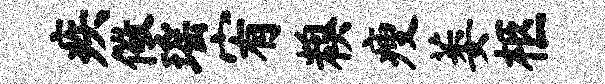
疾儆瑶宥糗瘦萎柩